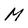
Character: M